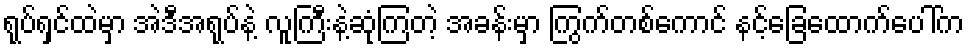
ရုပ်ရှင်ထဲမှာ အဲဒီအရုပ်နဲ့ လူကြီးနဲ့ဆုံကြတဲ့ အခန်းမှာ ကြွက်တစ်ကောင် နင့်ခြေထောက်ပေါ်က